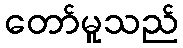
တော်မူသည်